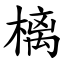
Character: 樆